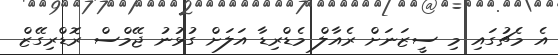
އެ މެޗުގައި މި ސީޒަނަށް ރެއާލް މެޑްރިޑާ އަލަށް ގުޅުނު ޖޭމްސް ރޮޑްރިގޭޒް